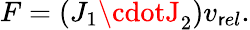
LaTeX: F=(J_{1}\cdotJ_{2})v_{\mathsf{r}el}.